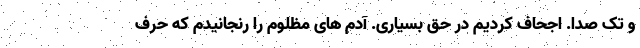
و تک صدا. اجحاف کردیم در حق بسیاری. آدم های مظلوم را رنجانیدم که حرف